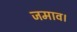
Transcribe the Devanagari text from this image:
जमाव।